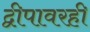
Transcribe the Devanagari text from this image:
द्वीपावरही